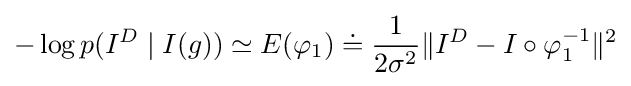
-\log p(I^{D}\mid I(g))\simeq E(\varphi _{1})\doteq {\frac {1}{2\sigma ^{2}}}\|I^{D}-I\circ \varphi _{1}^{-1}\|^{2}